Civil Veterinary Department. Central Provinces & Berar 1932-41 - 1932-1941
Year: 1932
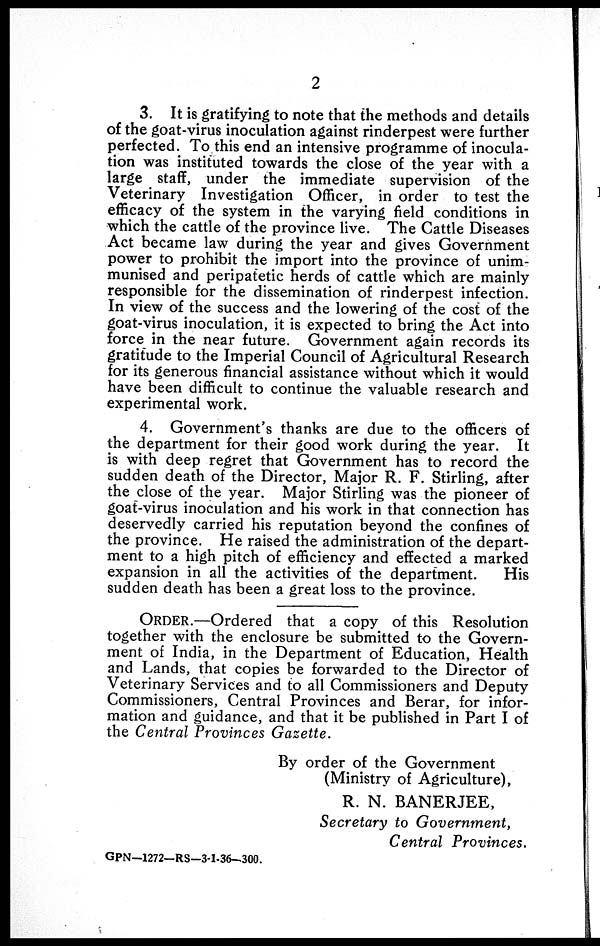
2
3. It is gratifying to note that the methods and details
of the goat-virus inoculation against rinderpest were further
perfected. To this end an intensive programme of inocula-
tion was instituted towards the close of the year with a
large staff, under the immediate supervision of the
Veterinary Investigation Officer, in order to test the
efficacy of the system in the varying field conditions in
which the cattle of the province live. The Cattle Diseases
Act became law during the year and gives Government
power to prohibit the import into the province of unim-
munised and peripatetic herds of cattle which are mainly
responsible for the dissemination of rinderpest infection.
In view of the success and the lowering of the cost of the
goat-virus inoculation, it is expected to bring the Act into
force in the near future. Government again records its
gratitude to the Imperial Council of Agricultural Research
for its generous financial assistance without which it would
have been difficult to continue the valuable research and
experimental work.
4. Government's thanks are due to the officers of
the department for their good work during the year. It
is with deep regret that Government has to record the
sudden death of the Director, Major R. F. Stirling, after
the close of the year. Major Stirling was the pioneer of
goat-virus inoculation and his work in that connection has
deservedly carried his reputation beyond the confines of
the province. He raised the administration of the depart-
ment to a high pitch of efficiency and effected a marked
expansion in all the activities of the department.
His
sudden death has been a great loss to the province.
ORDER.—Ordered that a copy of this Resolution
together with the enclosure be submitted to the Govern-
ment of India, in the Department of Education, Health
and Lands, that copies be forwarded to the Director of
Veterinary Services and to all Commissioners and Deputy
Commissioners, Central Provinces and Berar, for infor-
mation and guidance, and that it be published in Part I of
the Central Provinces Gazette.
By order of the Government
(Ministry of Agriculture),
R. N. BANERJEE,
Secretary to Government,
Central Provinces.
GPN—1272—RS—3-1-36-300.